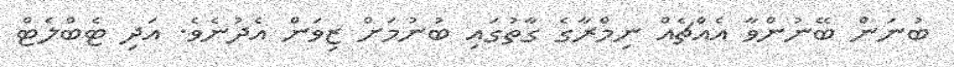
ބުނަން ބޭނުންވާ އެއްޗެއް ނިމްރާގެ ގާތުގައި ބުނުމަށް ޒިވަން އެދުނެވެ. އަދި ޓެބްލެޓް